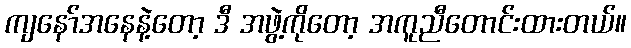
ကျနော်အနေနဲ့တော့ ဒီ အဖွဲ့ကိုတော့ အကူညီတောင်းထားတယ်။